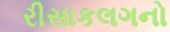
રીસાકલગનો